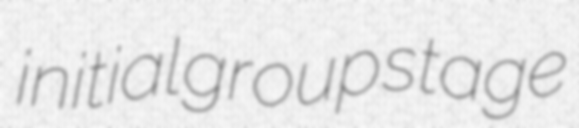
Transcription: initial group stage